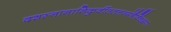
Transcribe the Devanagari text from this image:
दशस्नानानिकुर्वीततत्तन्मंत्रैर्विचक्षणः